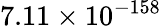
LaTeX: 7.11\times 10^{-158}